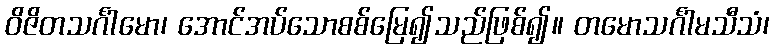
ဝိဇိတသင်္ဂါမော၊ အောင်အပ်သောစစ်မြေ၍သည်ဖြစ်၍။ တမောသင်္ဂါမသီသံ၊